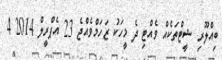
ބިއްލޫރި ޝީޓްތަކެއް ވެއްޓި ދެ މީހަކު ޒަހަމްވެއްޖެ 23 އެޕްރީލް 2014 4